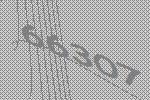
66307